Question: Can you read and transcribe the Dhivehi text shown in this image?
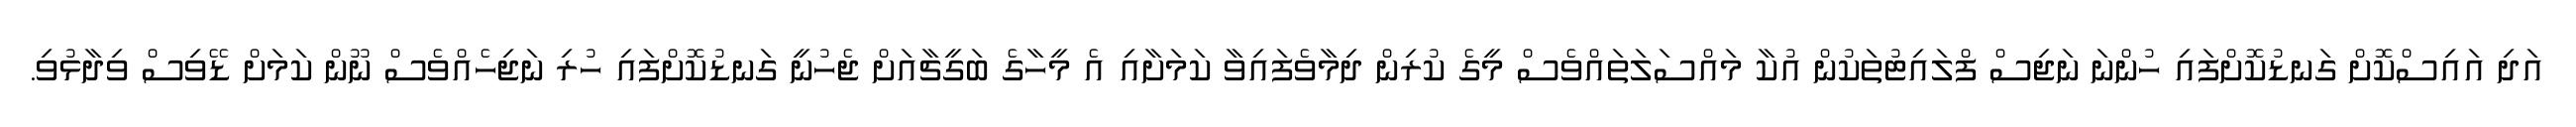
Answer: އަދި އައިސްކޮށް ގަނޑުކޮށްފައި ހުންނަ ނަޖިސް ފްލައިޓުތަކުން އުކާ މައްސަލަތައްވެސް މީގެ ކުރިން ދިމާވެފައިވާ ކަމަށާއި އެ މީހާގެ ބަގީޗާއަށް ޖެހުނީ ގަނޑުކޮށްފައި ހުރި ނަޖިހެއްވެސް ނޫން ކަމަށް ޑޭވިސް ވިދާޅުވި.